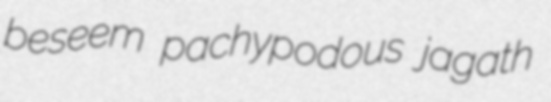
beseem pachypodous jagath